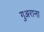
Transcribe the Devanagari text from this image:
गुअराना